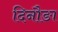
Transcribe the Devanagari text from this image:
दिनौङा